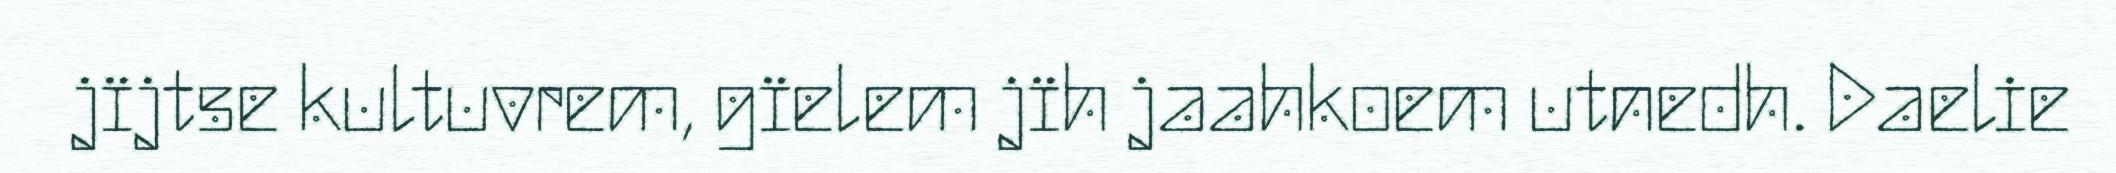
jïjtse kultuvrem, gïelem jïh jaahkoem utnedh. Daelie